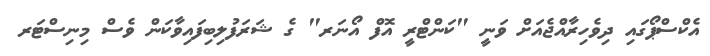
އެކްސްޕޯގައި ދިވެހިރާއްޖެއަށް ވަނީ "ކަންޓްރީ އޮފް އޯނަރ" ގެ ޝަރަފުލިބިފައިވާކަން ވެސް މިނިސްޓަރ